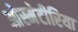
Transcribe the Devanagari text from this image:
ओस्मेटीरिया